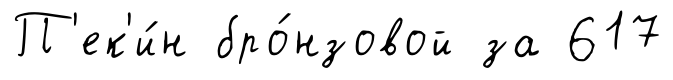
П'ек'и́н бро́нзовой за 617